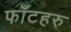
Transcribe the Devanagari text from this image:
फाँटहरु